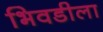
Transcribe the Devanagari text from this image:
भिवडीला